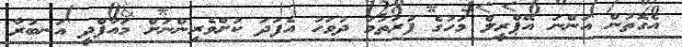
އެގޮތުން އަންނަ އޭޕްރީލް މަހުގެ ފުރަތަމަ ދުވަހު އެފަދަ ކުށްވެރިންނަށް މައާފްދީ އަނބުރާ